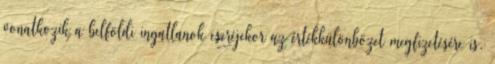
vonatkozik a belföldi ingatlanok cseréjekor az értékkülönbözet megfizetésére is.